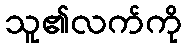
သူ၏လက်ကို